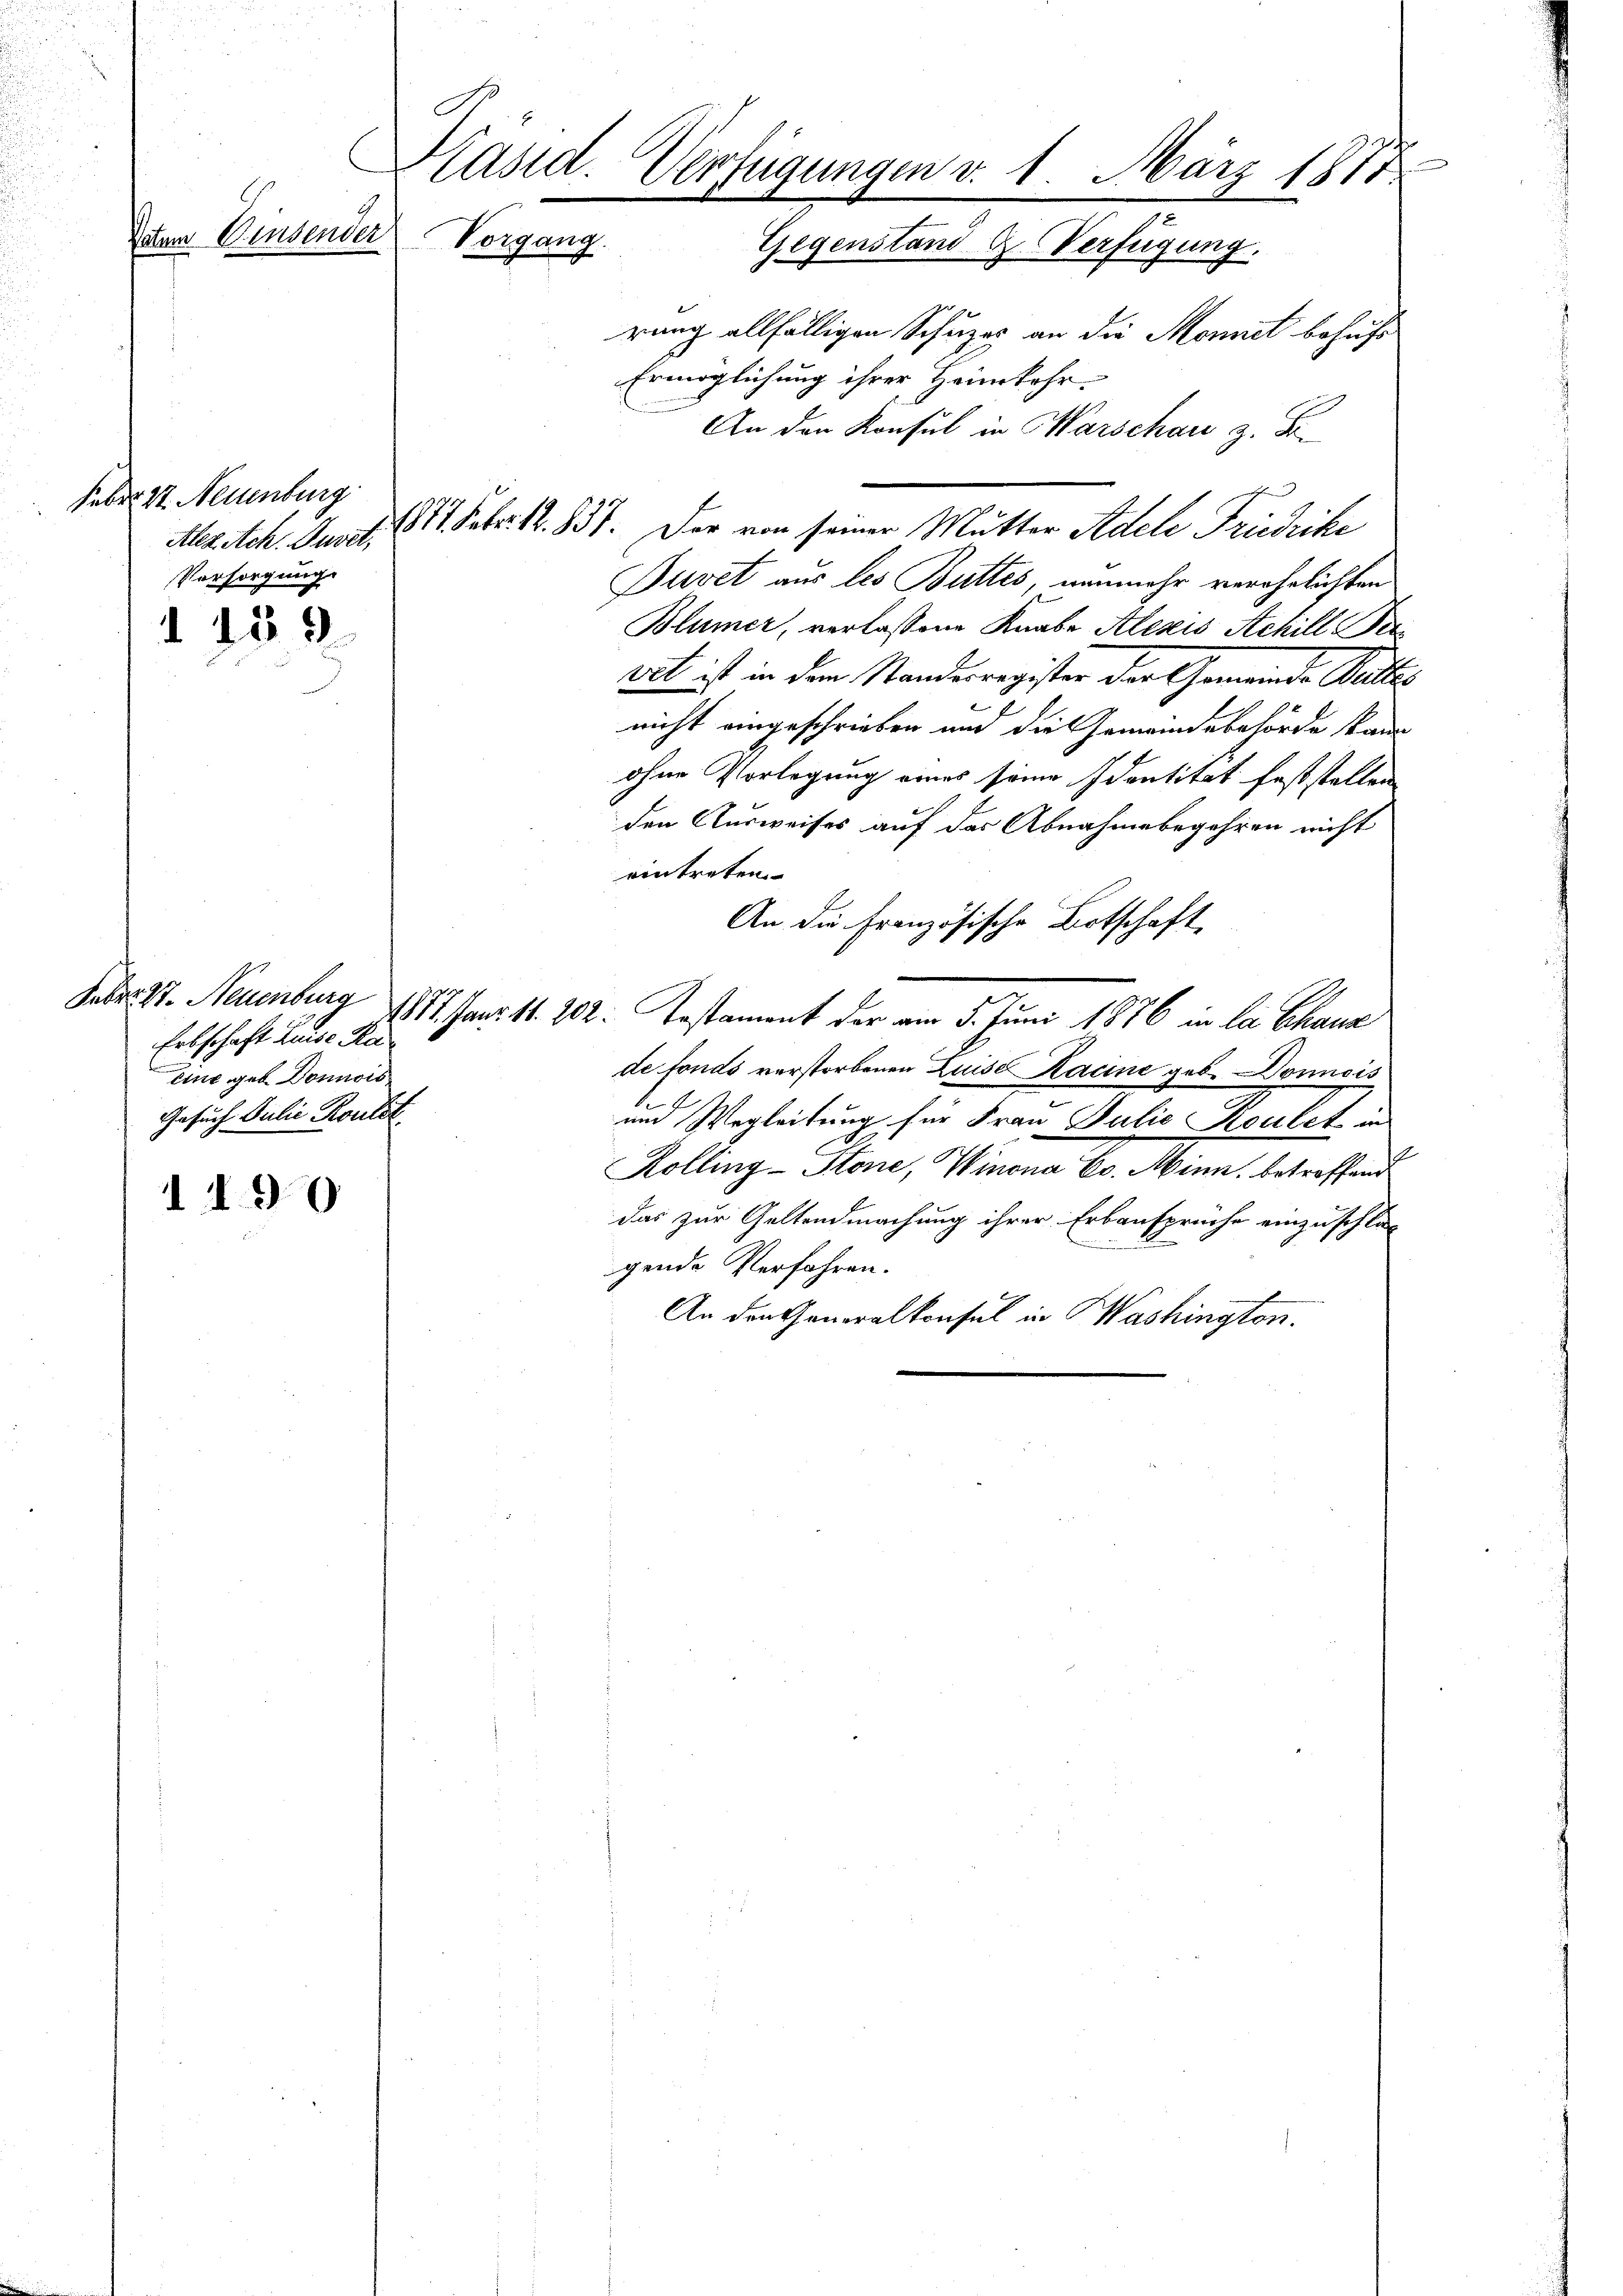
G
C
dtem Einsender

Feber 17. Neuenburg
Versorgung.

259

Erbschaft Luise Ku
Eine geb. Donnois
Gesuch Julie Roulet

1190

Käsid. Verfügungen v. 1. März 1877
Vorgang. Gegenstand G. Verfügung.

rung allfälligen Schuzes an die Monnet behufs
Ermöglichung ihrer Heimkehr.
An den Konsul in Warschard z. B.
Alleich. Junt. 11. Febr. 12. 837. Der von seiner Mutter Adele Friedrike
Puvet aus les Buttes, nunmehr verehrlichten
Blümer, verlassene Knabe Alesis Achill Bee
vet ist in dem Standesregister der Gemeinde Waltes
nicht eingeschrieben und die Gemeindebehörde kann
ohne Vorlegung eines seine Identität feststellen
den Ausweises auf das Abnahme begehren nicht
eintreten
An die Französische Botschaft,
Jeder St. Neuenburg 1877. Janr. 11. 202. Testament der am 5. Juni 1876 in la Chaus
de fonds verstorbenen Luise Kacine geb. Donnais
und Wegleitung für Frau Julie Koulet in
Kolling-Stone, Winona Co. Minn, betreffend
das zur Geltendmachung ihrer Erbansprüche einzuschlos
d
gende Verfahren.
An den Generalkonsul in Washington.